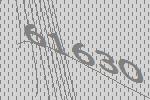
61630